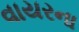
વાયરના